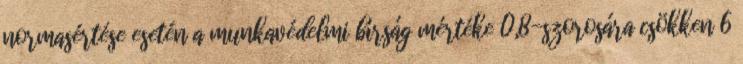
normasértése esetén a munkavédelmi bírság mértéke 0,8-szorosára csökken 6